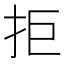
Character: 拒